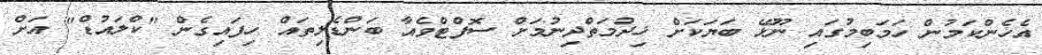
އެހެންކަމުން ހަމަބިމުގައި ނޫޅޭ ބަޔަކަށް ޚިދުމަތްދިނުމަށް ސޮފްޓްވެއާ ބަންޑެލިތައް ހިފައިގެން "ކްލައުޑް" އަށް